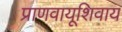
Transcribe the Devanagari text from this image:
प्राणवायूशिवाय